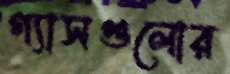
গ্যাসগুলোর